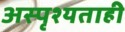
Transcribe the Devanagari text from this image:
अस्पृश्यताही